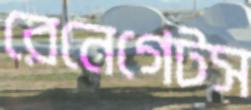
রেনেগেটস